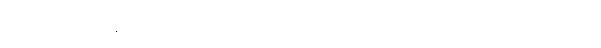
သီချင်းသံသည် တစ်ခါတစ်ရံ လေတိုးသံမျှ လျှော့ကျသွားပြီး တစ်ခါတစ်ရံ မုန်တိုင်းတိုက်သံလို